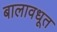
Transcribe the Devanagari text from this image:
बालावधूत